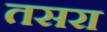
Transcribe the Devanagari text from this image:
तसरा